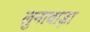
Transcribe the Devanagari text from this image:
लुनावाड़ा